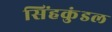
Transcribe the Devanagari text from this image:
सिंहकुंडल